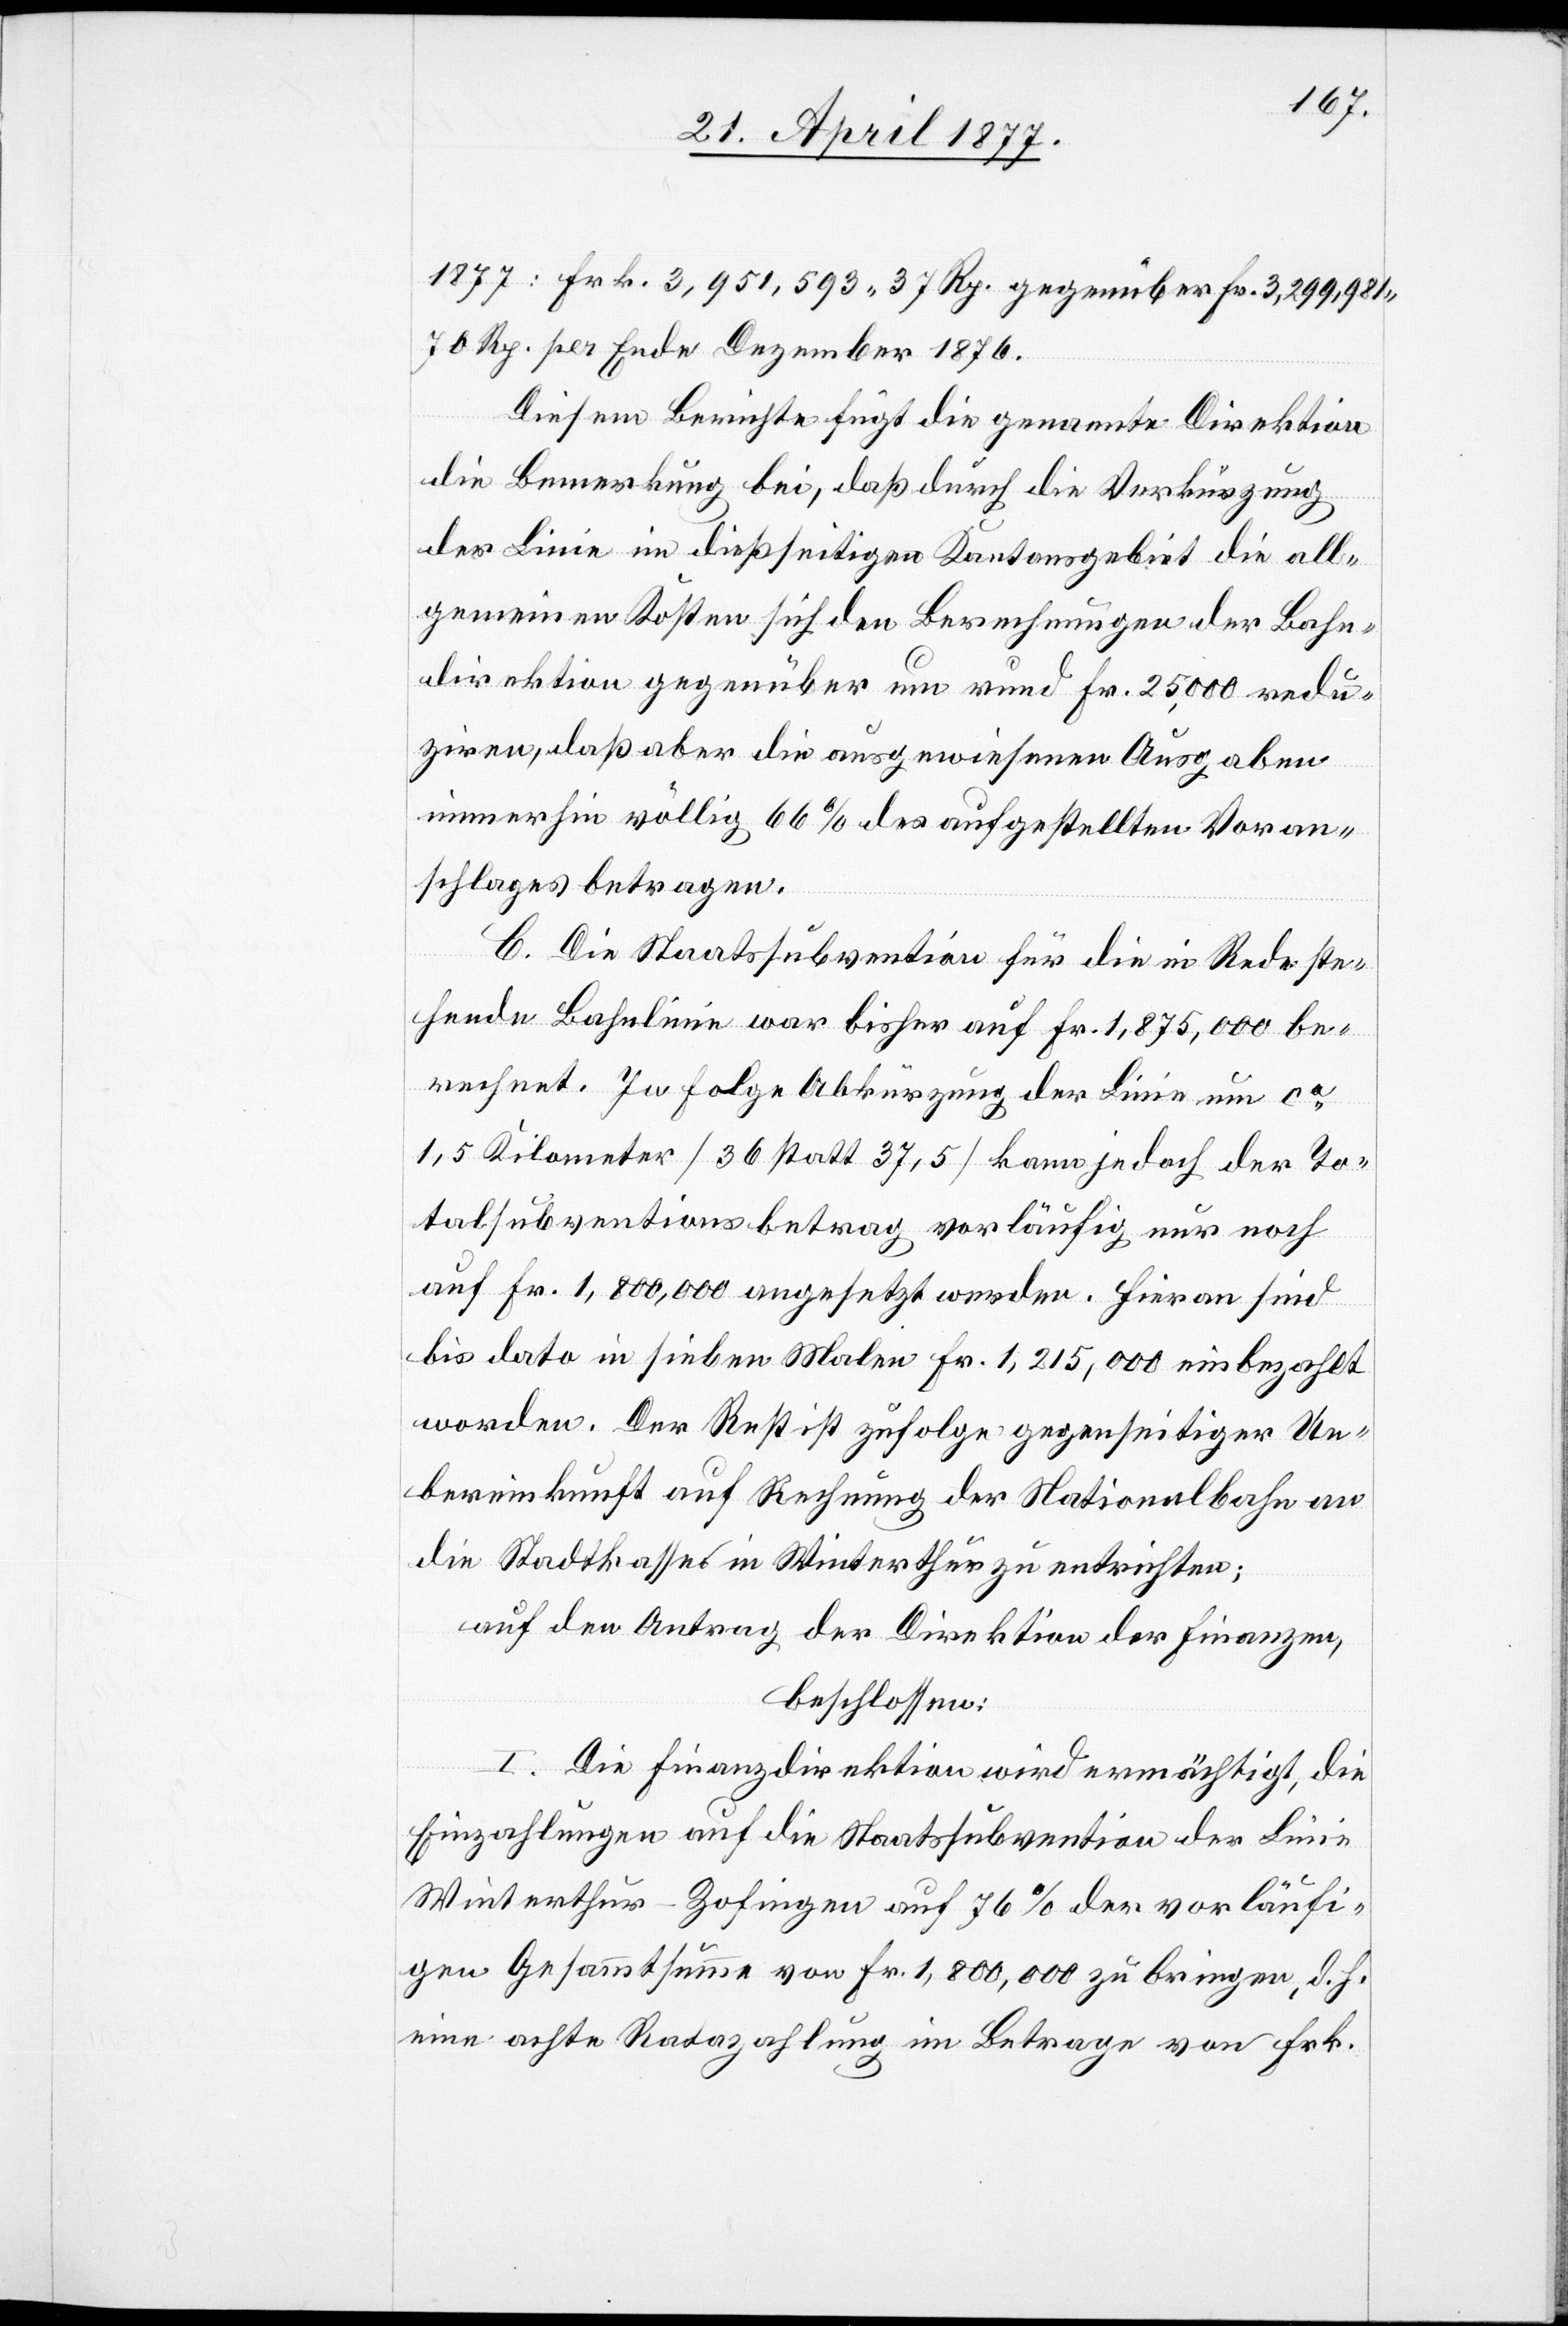
1877: Frk. 3,951,593 37 Rp. gegenüber Fr. 3,299,981
70 Rp. per Ende Dezember 1876.
Diesem Berichte fügt die genannte Direktion
die Bemerkung bei, daß durch die Verkürzung
der Linie im dießseitigen Kantonsgebiet die all¬
gemeinen Kosten sich den Berechnungen der Bahn¬
direktion gegenüber um rund Fr. 25,000 redu¬
ziren, daß aber die ausgewiesenen Ausgaben
immerhin völlig 66% des aufgestellten Voran¬
schlages betragen.
C. Die Staatssubvention für die in Rede ste¬
hende Bahnlinie war bisher auf Fr. 1,875,000 be¬
rechnet. In Folge Abkürzung der Linie um ca
1,5 Kilometer [36 statt 37,5] kann jedoch der To¬
talsubventionsbetrag vorläufig nur noch
auf Fr. 1,800,000 angesetzt werden. Hieran sind
bis dato in sieben Malen Fr. 1,215,000 einbezahlt
worden. Der Rest ist zufolge gegenseitiger Ue¬
bereinkunft auf Rechnung der Nationalbahn an
die Stadtkasses [sic!] in Winterthur zu entrichten;
auf den Antrag der Direktion der Finanzen,
beschlossen:
I. Die Finanzdirektion wird ermächtigt, die
Einzahlungen auf die Staatssubvention der Linie
Winterthur–Zofingen auf 76% der vorläufi¬
gen Gesammtsumme von Fr. 1,800,000 zu bringen, d. h.
eine achte Ratazahlung im Betrage von Frk.